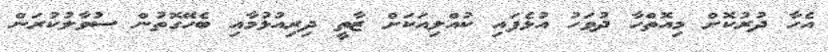
އެހާ ދުރުކޮށް މިއޮތްހާ ދުވަހު އުޅެފައި ކުއްލިއަކަށް ޒާތީ ދިރިއުޅުމާއި ބެހޭގޮތުން ސުވާލުކުރަން